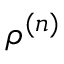
\rho ^ { ( n ) }